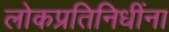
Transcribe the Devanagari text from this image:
लोकप्रतिनिधींना